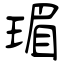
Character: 瑂